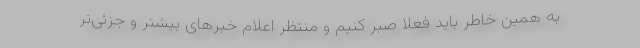
به همین خاطر باید فعلاً صبر کنیم و منتظر اعلام خبرهای بیشتر و جزئی‌تر